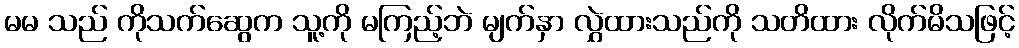
မမ သည် ကိုသက်ဆွေက သူ့ကို မကြည့်ဘဲ မျက်နှာ လွှဲထားသည်ကို သတိထား လိုက်မိသဖြင့်